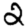
Digit: 2